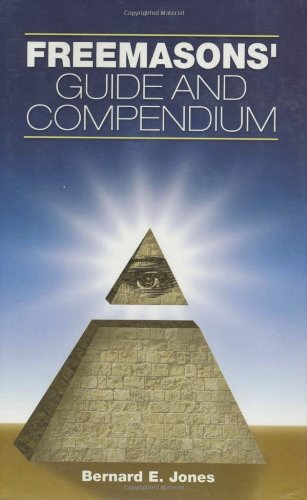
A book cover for Freemason's Guide and Compendium, New and Revised Edition; Bernard E Jones; Religion & Spirituality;